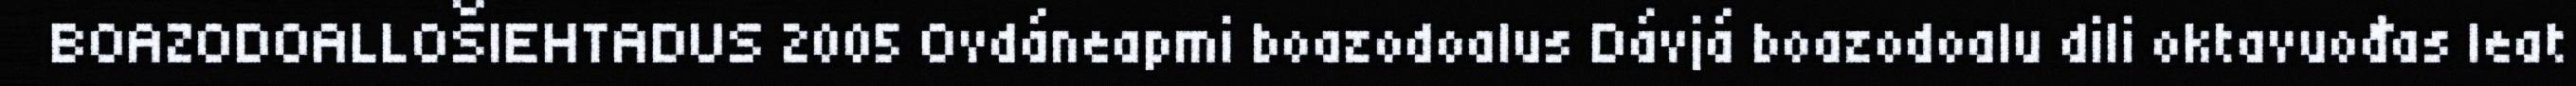
BOAZODOALLOŠIEHTADUS 2005 Ovdáneapmi boazodoalus Dávjá boazodoalu dili oktavuođas leat